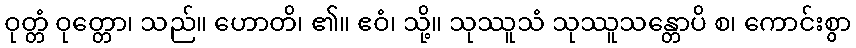
ဝုတ္တံ ဝုတ္တော၊ သည်။ ဟောတိ၊ ၏။ ဧဝံ၊ သို့။ သုဿူသံ သုဿူသန္တောပိ စ၊ ကောင်းစွာ